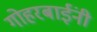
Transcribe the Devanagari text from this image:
गोहरबाईंनी